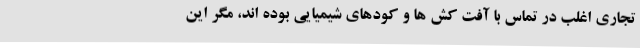
تجاری اغلب در تماس با آفت کش ها و کودهای شیمیایی بوده اند، مگر این